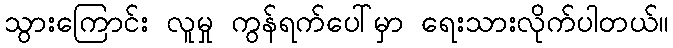
သွားကြောင်း လူမှု ကွန်ရက်ပေါ်မှာ ရေးသားလိုက်ပါတယ်။